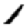
Digit: 1